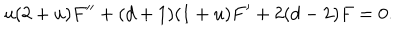
u ( 2 + u ) F ^ { \prime \prime } + ( d + 1 ) ( 1 + u ) F ^ { \prime } + 2 ( d - 2 ) F = 0 .